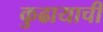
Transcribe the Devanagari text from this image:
कुढायाची